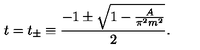
t = t _ { \pm } \equiv \frac { - 1 \pm \sqrt { 1 - \frac { A } { \pi ^ { 2 } m ^ { 2 } } } } { 2 } .